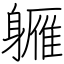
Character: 軅